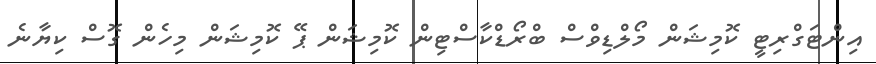
އިންޓަގްރިޓީ ކޮމިޝަން މޯލްޑިވްސް ބްރޯޑްކާސްޓިން ކޮމިޝަން ޕޭ ކޮމިޝަން މިހެން ގޮސް ކިޔާނެ